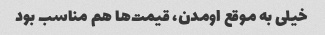
خیلی به موقع اومدن، قیمت‌ها هم مناسب بود